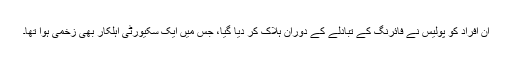
ان افراد کو پولیس نے فائرنگ کے تبادلے کے دوران ہلاک کر دیا گیا، جس میں ایک سکیورٹی اہلکار بھی زخمی ہوا تھا۔